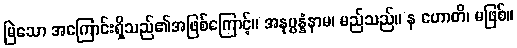
မြဲသော အကြောင်းရှိသည်၏အဖြစ်ကြောင့်။ အနုပ္ပန္နံနာမ၊ မည်သည်။ န ဟောတိ၊ မဖြစ်။